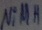
Text: NiMH